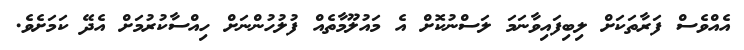
އެއްވެސް ފަރާތަކަށް ލިބިފައިވާނަމަ ލަސްނުކޮށް އެ މައުލޫމާތެއް ފުލުހުންނަށް ހިއްސާކުރުމަށް އެދޭ ކަމަށެވެ.